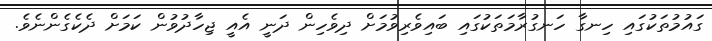
ގައުމުތަކުގައި ހިނގާ ހަނގުރާމަތަކުގައި ބައިވެރިވުމަށް ދިވެހިން ދަނީ އެއީ ޖިހާދުވުން ކަމަށް ދެކެގެންނެވެ.